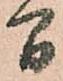
間